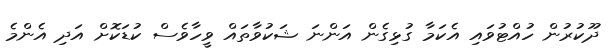
ދޫކުރުން ހުއްޓުވައި އެކަމާ ގުޅިގެން އަންނަ ޝަކުވާތައް ވީހާވެސް ކުޑަކޮށް އަދި އެންމެ